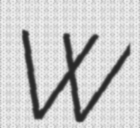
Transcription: W